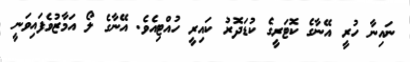
ނައިނާ ހުރީ އޭނާގެ ކޮޓަރީގެ ކުޑަދޮރު ކައިރީ ހުއްޓިއެވެ. އޭނާގެ ލޯ އަމާޒުވެފައިވަނީ